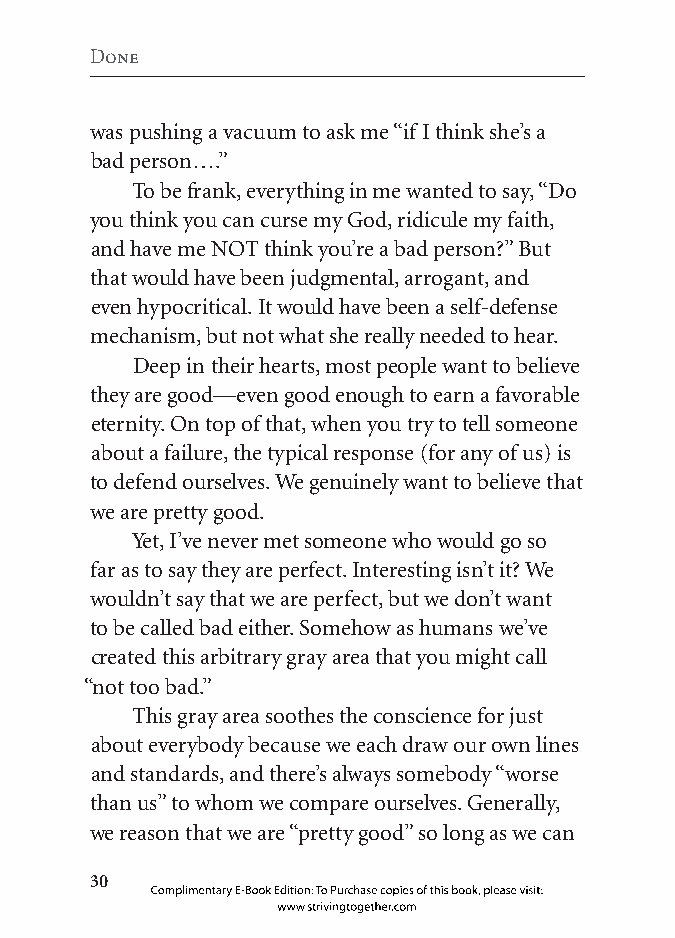
Done
 was pushing a vacuum to ask me “if I think she’s a
 bad person….”
 To be frank, everything in me wanted to say, “Do
 you think you can curse my God, ridicule my faith,
 and have me NOT think you’re a bad person?” But
 that would have been judgmental, arrogant, and
 even hypocritical. It would have been a self-defense
 mechanism, but not what she really needed to hear.
 Deep in their hearts, most people want to believe
 they are good—even good enough to earn a favorable
 eternity. On top of that, when you try to tell someone
 about a failure, the typical response (for any of us) is
 to defend ourselves. We genuinely want to believe that
 we are pretty good.
 Yet, I’ve never met someone who would go so
 far as to say they are perfect. Interesting isn’t it? We
 wouldn’t say that we are perfect, but we don’t want
 to be called bad either. Somehow as humans we’ve
 created this arbitrary gray area that you might call
 “not too bad.”
 This gray area soothes the conscience for just
 about everybody because we each draw our own lines
 and standards, and there’s always somebody “worse
 than us” to whom we compare ourselves. Generally,
 we reason that we are “pretty good” so long as we can
 0
 Complimentary E-Book Edition: To Purchase copies of this book, please visit:
 www.strivingtogether.com